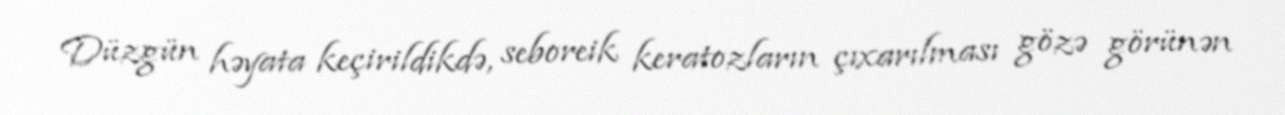
Düzgün həyata keçirildikdə, seboreik keratozların çıxarılması gözə görünən